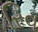
રિવ